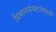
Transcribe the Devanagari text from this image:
विमानसंघटनेमध्ये